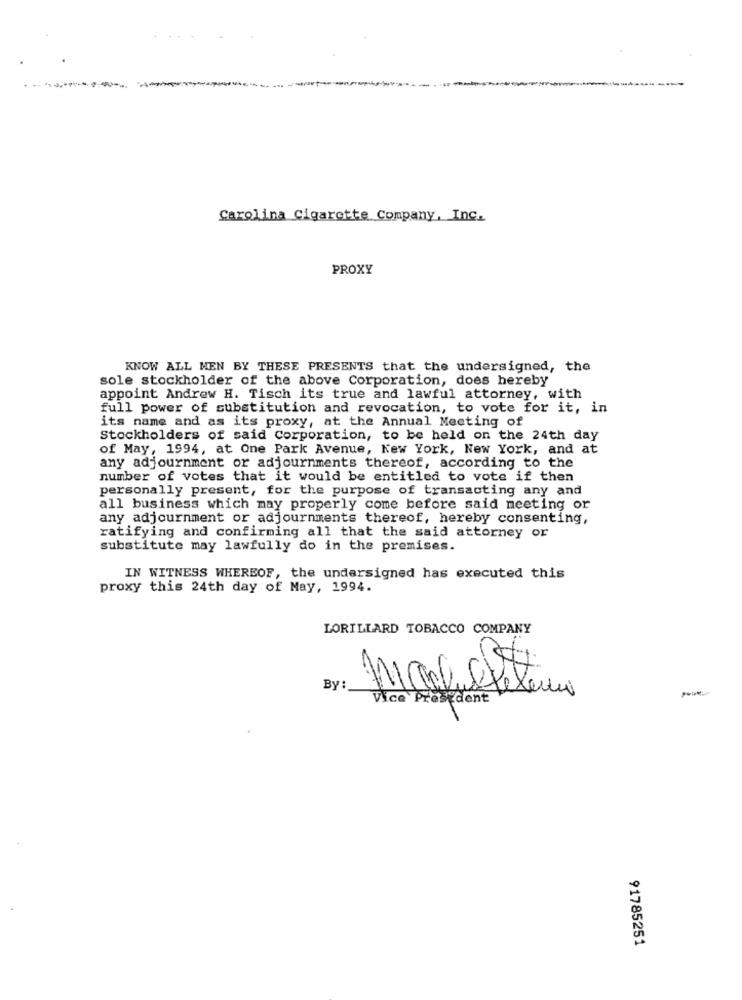
------
- -
Carolina Cigarette Company, Inc.
PROXY
KNOW ALL MEN BY THESE PRESENTS that the undersigned, the
sole stockholder of the above Corporation, does hereby
appoint Andrew H. Tisch its true and lawful attorney, with
full power of substitution and revocation, to vote for it, in
its name and as its proxy, at the Annual Meeting of
Stockholders of said Corporation, to be held on the 24th day
of May, 1994, at One Park Avenue, Kew York, New York, and at
any adjournment or adjournments thereof, according to the
number of votes that it would be entitled to vote if then
personally present, for the purpose of transacting any and
all business which may properly come before said meeting or
any adjournment or adjournments thereof, hereby consenting,
ratifying and confirming all that the said attorney or
substitute may lawfully do in the premises.
IN WITNESS WHEREOF, the undersigned has executed this
proxy this 24th day of May, 1994.
LORILLARD TOBACCO COMPANY
By:
Vice President
91785251